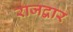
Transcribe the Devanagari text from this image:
राजद्वार